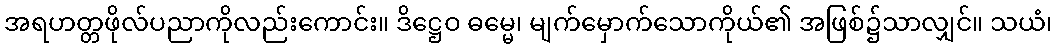
အရဟတ္တဖိုလ်ပညာကိုလည်းကောင်း။ ဒိဋ္ဌေဝ ဓမ္မေ၊ မျက်မှောက်သောကိုယ်၏ အဖြစ်၌သာလျှင်။ သယံ၊